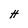
Character: H